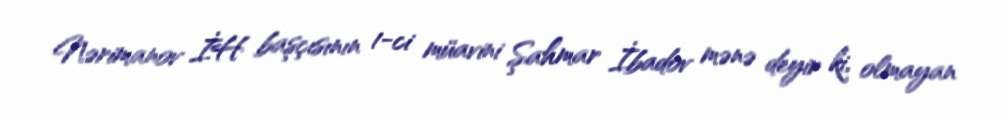
Nərimanov İH başçısının 1-ci müavini Şahmar İbadov mənə deyir ki, olmayan